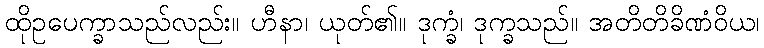
ထိုဥပေက္ခာသည်လည်း။ ဟီနာ၊ ယုတ်၏။ ဒုက္ခံ၊ ဒုက္ခသည်။ အတိတိခိဏံဝိယ၊